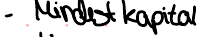
- Mindestkapital